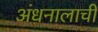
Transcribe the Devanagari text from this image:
अंधनालाची